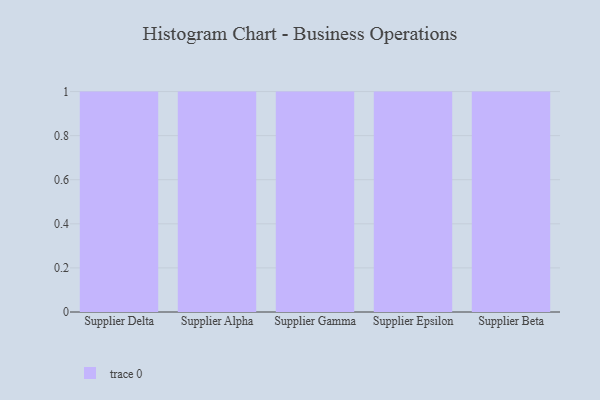
{"axis": {"x": "Supplier", "y": "Page Views"}, "legend": [""], "data": [{"x": "Supplier Delta", "y": 6, "type": ""}, {"x": "Supplier Alpha", "y": 90, "type": ""}, {"x": "Supplier Gamma", "y": 46, "type": ""}, {"x": "Supplier Epsilon", "y": 71, "type": ""}, {"x": "Supplier Beta", "y": 3, "type": ""}]}